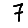
Digit: 7